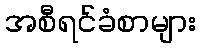
အစီရင်ခံစာများ